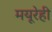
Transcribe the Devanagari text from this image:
मयूरेही